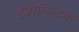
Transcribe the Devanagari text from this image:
ईशनिन्दक